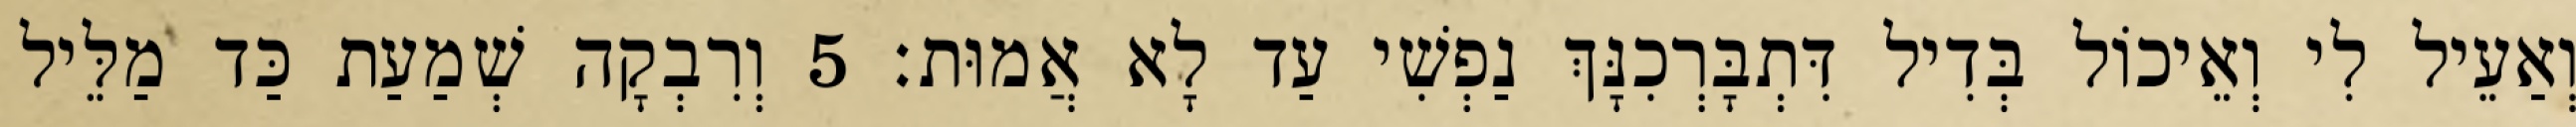
וְאַעֵיל לִי וְאֵיכוֹל בְּדִיל דִּתְבָּרְכִנָּךְ נַפְשִׁי עַד לָא אֲמוּת׃ 5 וְרִבְקָה שְׁמַעַת כַּד מַלֵּיל